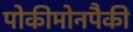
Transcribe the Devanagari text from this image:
पोकीमोनपैकी